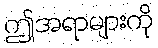
ဤအရာများကို